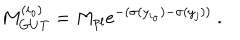
LaTeX: M _ { G U T } ^ { ( i _ { o } ) } = M _ { p l } e ^ { - ( \sigma ( y _ { i _ { o } } ) - \sigma ( y _ { j } ) ) } ~ . ~ \,